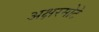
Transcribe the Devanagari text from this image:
अक्षरमोटे